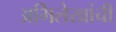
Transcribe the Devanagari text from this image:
अभिलेखांची